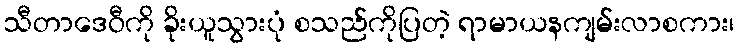
သီတာဒေဝီကို ခိုးယူသွားပုံ စသည်ကိုပြတဲ့ ရာမာယနကျမ်းလာစကား၊